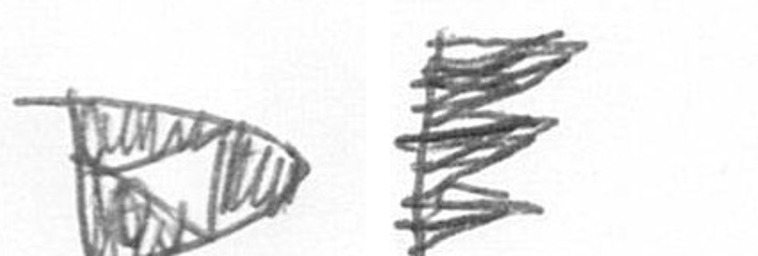
K H